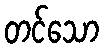
တင်သော